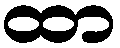
ထာ